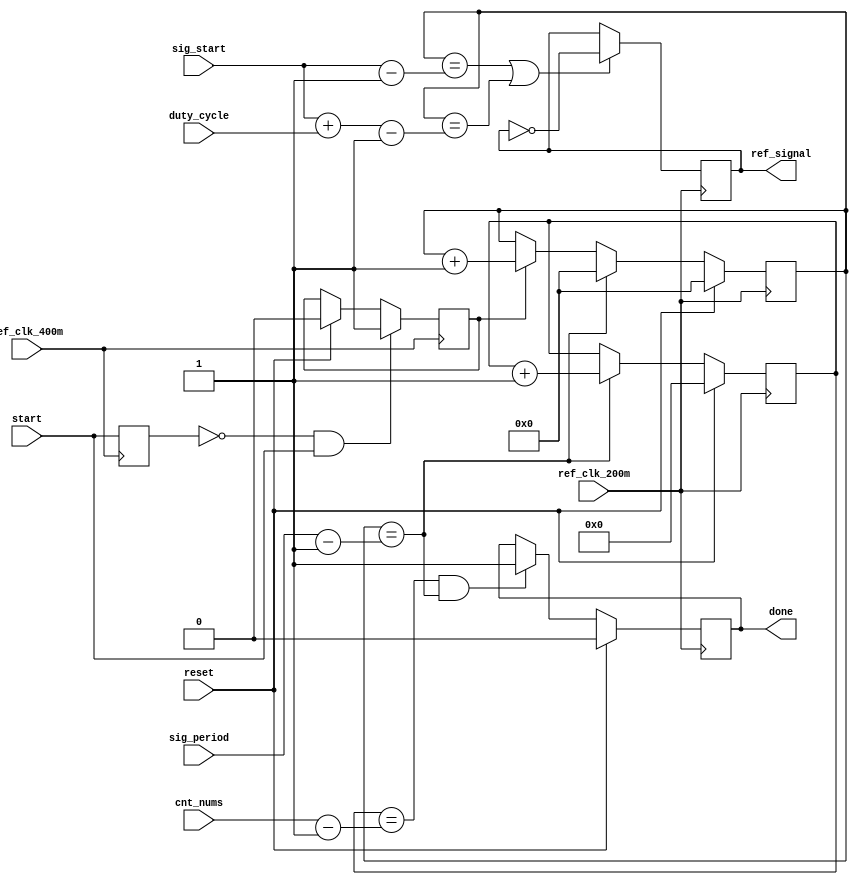
module counter(
    input  wire        reset,
    input  wire        start,
    input  wire [7:0]  cnt_nums,
    input  wire [31:0] sig_period,
    input  wire [31:0]  sig_start,
    input  wire [15:0]  duty_cycle,
    input  wire        ref_clk_200m,
    input  wire        ref_clk_400m,
    
    output wire        ref_signal,
    output wire        done
    );
    
    
    reg       [31:0] cnt  =  32'd0;
    reg          start_r  =  1'b0;
    reg          done_r   =  1'b0;
    reg       flag_start  =  1'b0;
    reg     ref_signal_r  =  1'b0;
    reg      [7:0] count  =  8'b0;
    //reg      inter_reset  =  1'b0;
    
    
    always@(posedge ref_clk_400m)begin
        start_r <= start;
        if(reset)begin
            flag_start <= 1'b0; 
        end if(!start_r && start)begin
            flag_start <= 1'b1;
        end else begin end
    end
    
    
    always@(posedge ref_clk_200m)begin
        if(reset)begin
            cnt        <= 0;
            count      <= 0;
        end else if( cnt == (sig_period - 1'b1) )begin
            cnt <= 0;
            count <= count + 1;
        end else if(flag_start) begin
            cnt <= cnt + 1;
        end else cnt <= cnt;   
    end
    
    always@(posedge ref_clk_200m)begin
        if(reset)begin
            done_r   <=   1'b0;
        end else if((count==cnt_nums-1'b1)&&(cnt==sig_period-1'b1))begin
            done_r   <=   1'b1;
        end else done_r   <=   done_r;
    end
    
    
    always@(posedge ref_clk_200m)begin
        if(cnt == (sig_start - 1) || cnt == (sig_start + duty_cycle - 1))begin
            ref_signal_r <= ~ref_signal_r;
        end else begin
            ref_signal_r <= ref_signal_r;
        end
    end
    
    
    assign  ref_signal     = ref_signal_r;
    assign  done           = done_r;
    
endmodule